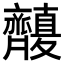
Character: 𪗑